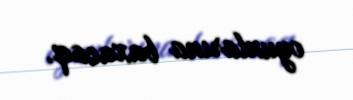
oyunlarına baxacaq.